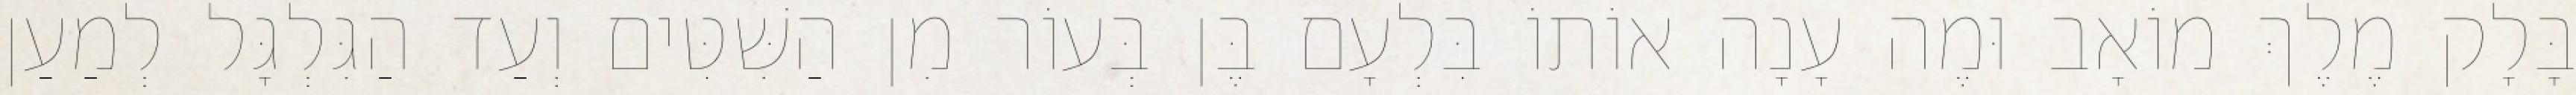
בָּלָק מֶלֶךְ מוֹאָב וּמֶה עָנָה אוֹתוֹ בִּלְעָם בֶּן בְּעוֹר מִן הַשִּׁטִּים וְעַד הַגִּלְגָּל לְמַעַן